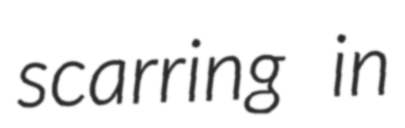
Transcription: scarring in